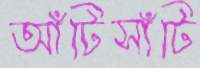
আঁটিসাঁটি